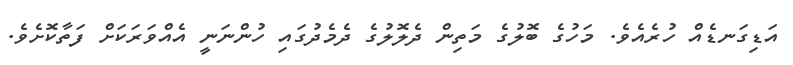
އަޑިގަނޑެއް ހުރެއެވެ. މަހުގެ ބޮލުގެ މަތިން ދެލޮލުގެ ދެމެދުގައި ހުންނަނީ އެއްވަރަކަށް ފަތާކޮށެވެ.